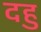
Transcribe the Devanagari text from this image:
दहु